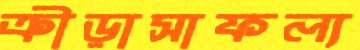
ক্রীড়াসাফল্য